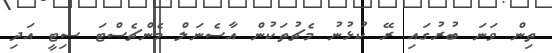
ތިން ވަނަ ބުރުގައި ރޭ ކުޅުނު މެޗުތަކުން އާސެެނަލް މެންޗެސްޓަ ސިޓީ އަދި